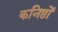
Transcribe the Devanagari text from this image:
कनिष्ठों